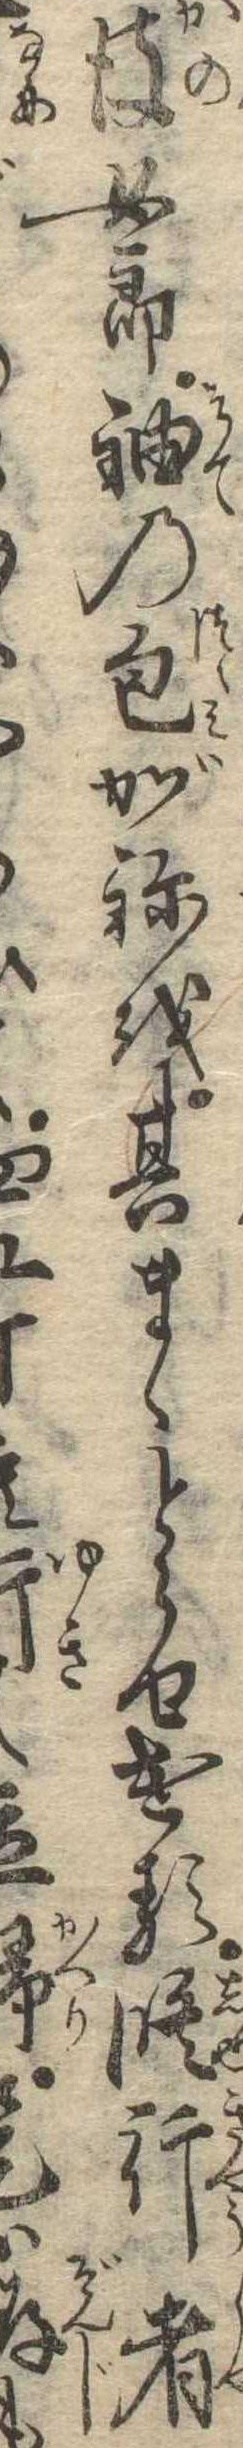
彼女郎袖の包がねを其まゝとらせける修行者立是は存も